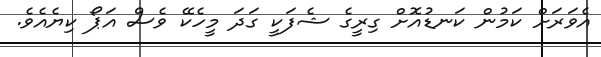
އެވަރަށް ކަމުން ކަނޑުއޮށް ގިރީގެ ޝެފަކީ ގަދަ މީހެކޭ ވެސް އަޕޯ ކިޔެއެވެ.